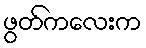
ဖွတ်ကလေးက